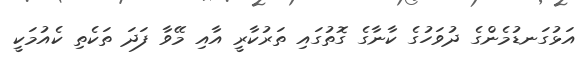
އަޅުގަނޑުމެންގެ ދުވަހުގެ ކާނާގެ ގޮތުގައި ތަރުކާރީ އާއި މޭވާ ފަދަ ތަކެތި ކެއުމަކީ